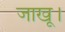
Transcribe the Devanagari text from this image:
जाखू।